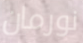
نورمان